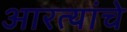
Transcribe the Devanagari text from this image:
आरत्यांचे